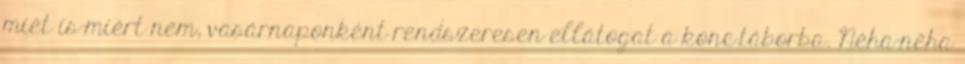
miét is-miért nem, vasárnaponként rendszeresen ellátogat a konc.táborba. Néha-néha